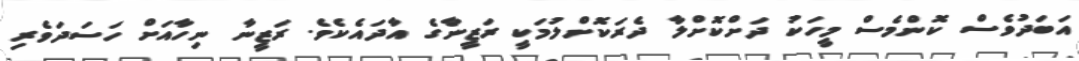
އަބަދުވެސް ކޮންމެސް މީހަކު ދަށްކޮށްލާ ދެރަކޮށްލުމަކީ ރަޒީނާގެ އާދައެކެވެ. ރަޒީނާ ނިހާއަށް ހަސަދަވެރި